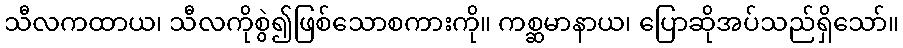
သီလကထာယ၊ သီလကိုစွဲ၍ဖြစ်သောစကားကို။ ကစ္ဆမာနာယ၊ ပြောဆိုအပ်သည်ရှိသော်။